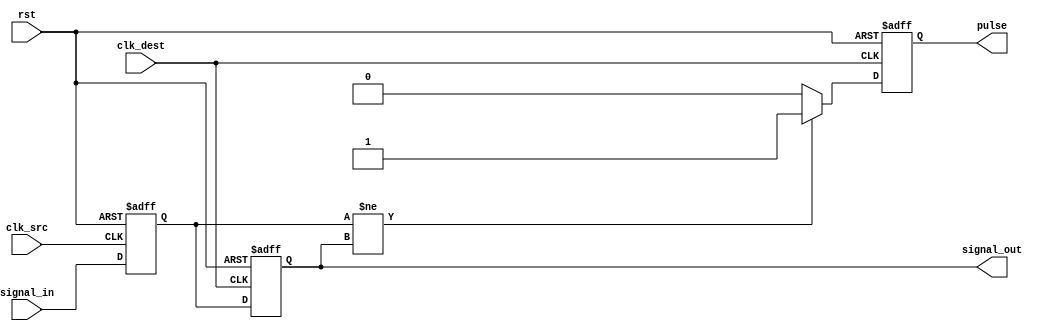
module pulsed_synchronizer (
    input wire clk_src,       // Source clock
    input wire clk_dest,      // Destination clock
    input wire rst,           // Asynchronous reset
    input wire signal_in,     // Input signal to be synchronized
    output reg signal_out,    // Synchronized output signal
    output reg pulse          // Pulsed signal indicating capture
);

    // Internal signals for the flip-flops
    reg signal_stage1;

    // First flip-flop: samples the input signal on the source clock
    always @(posedge clk_src or posedge rst) begin
        if (rst) begin
            signal_stage1 <= 1'b0;
        end else begin
            signal_stage1 <= signal_in;
        end
    end

    // Second flip-flop: samples the output of the first flip-flop on the destination clock
    always @(posedge clk_dest or posedge rst) begin
        if (rst) begin
            signal_out <= 1'b0;
            pulse <= 1'b0;
        end else begin
            // Generate the pulse signal
            if (signal_stage1 != signal_out) begin
                pulse <= 1'b1; // Generate pulse when signal changes
            end else begin
                pulse <= 1'b0; // Clear pulse otherwise
            end
            signal_out <= signal_stage1; // Capture the signal in the destination clock domain
        end
    end

endmodule